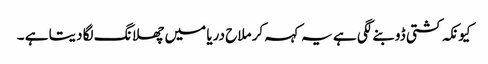
کیونکہ کشتی ڈوبنے لگی ہے یہ کہہ کر ملاح دریا میں چھلانگ لگا دیتا ہے ۔